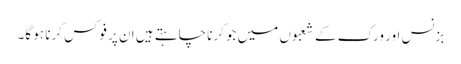
بزنس اور ورک کے شعبوں میں جو کرنا چاہتے ہیں ان پر فوکس کرنا ہو گا۔